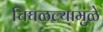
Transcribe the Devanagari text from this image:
चिघळल्यामुळे